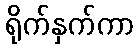
ရိုက်နှက်ကာ